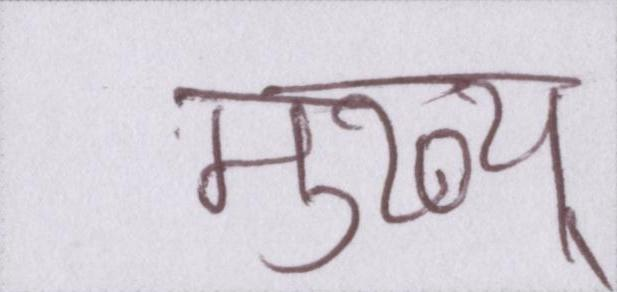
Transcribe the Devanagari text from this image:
मुख्य्